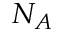
N _ { A }